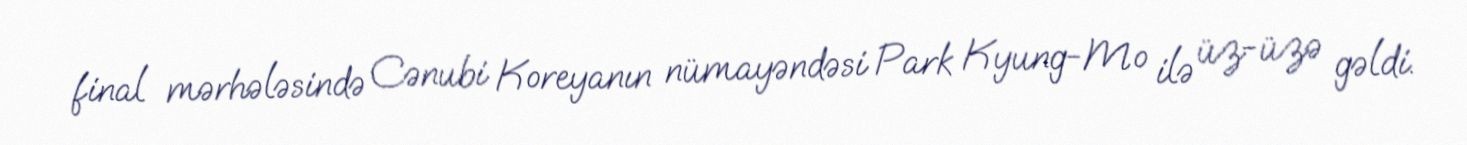
final mərhələsində Cənubi Koreyanın nümayəndəsi Park Kyung-Mo ilə üz-üzə gəldi.